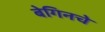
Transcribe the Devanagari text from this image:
बेगिनचे